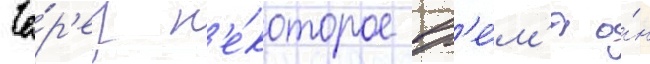
Че́р'ез н'е́которое вр'е́м'я о́н